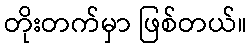
တိုးတက်မှာ ဖြစ်တယ်။